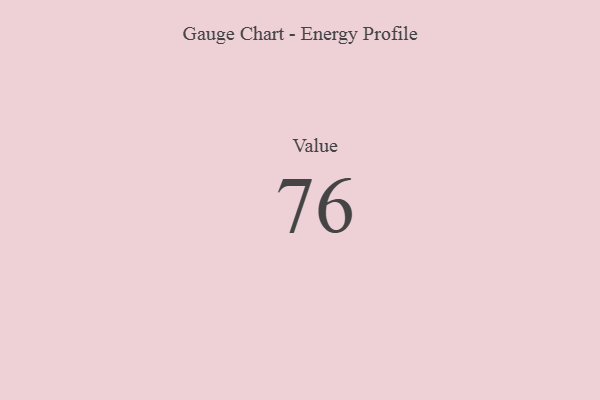
{"axis": {"x": "Metric", "y": "Value"}, "legend": [""], "data": [{"x": "Value", "y": 76, "type": ""}]}